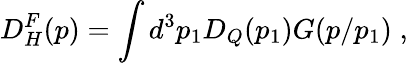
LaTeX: D_{H}^{F}(p)=\int d^{3}p_{1}D_{Q}(p_{1})G(p/p_{1})\; ,